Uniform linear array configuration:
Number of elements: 64
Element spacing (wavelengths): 1
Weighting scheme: uniform
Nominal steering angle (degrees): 0
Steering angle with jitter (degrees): -1.426
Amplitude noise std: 0.05
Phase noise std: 0.05

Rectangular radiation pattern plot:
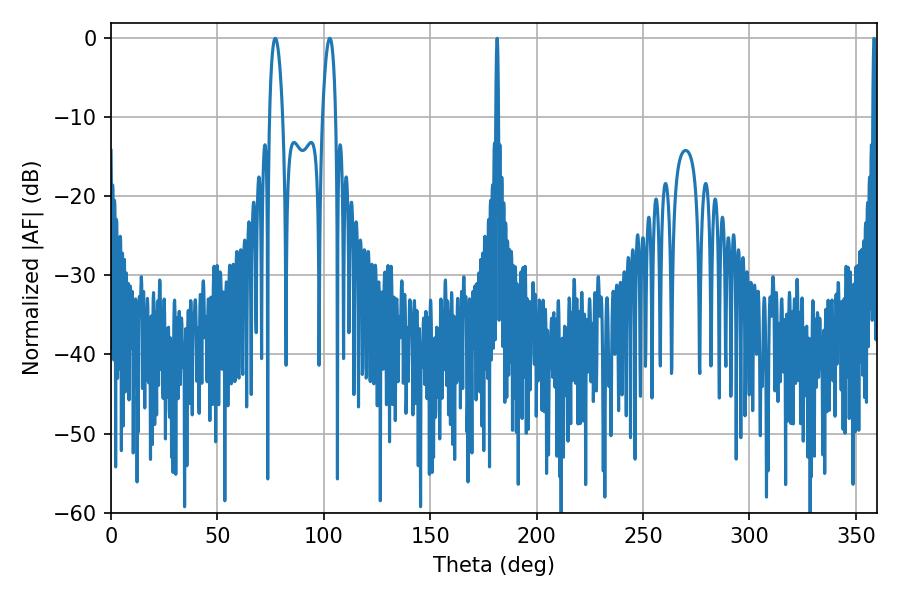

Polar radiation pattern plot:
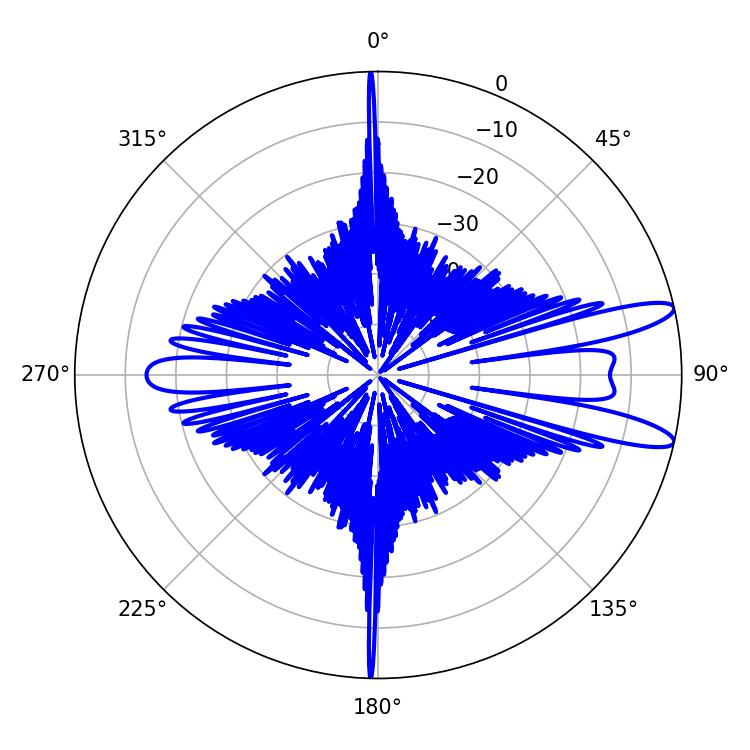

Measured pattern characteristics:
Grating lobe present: TRUE
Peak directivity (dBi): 11.815
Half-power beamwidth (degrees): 3.42
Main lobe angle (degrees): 77.22